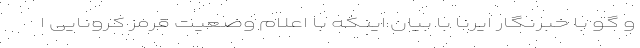
و گو با خبرنگار ایرنا با بیان اینکه با اعلام وضعیت قرمز کرونایی ا